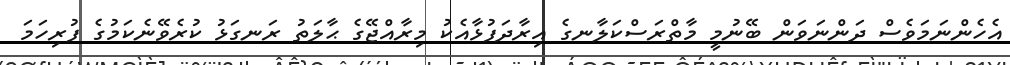
އެހެންނަމަވެސް ދަންނަވަން ބޭނުމީ މާތްރަސްކަލާނގެ އިރާދަފުޅާއެކު މިރާއްޖޭގެ ޙާލަތު ރަނގަޅު ކުރެވޭނެކަމުގެ ފުރިހަމަ